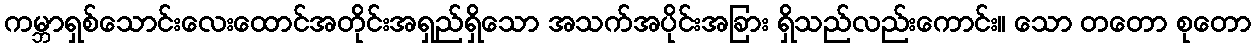
ကမ္ဘာရှစ်သောင်းလေးထောင်အတိုင်းအရှည်ရှိသော အသက်အပိုင်းအခြား ရှိသည်လည်းကောင်း။ သော တတော စုတော